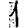
Digit: 1